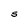
Character: S